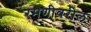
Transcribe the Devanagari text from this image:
रमणीवरील